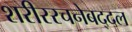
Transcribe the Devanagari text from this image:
शरीररचनेबद्दल